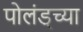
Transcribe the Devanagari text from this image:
पोलंड्च्या